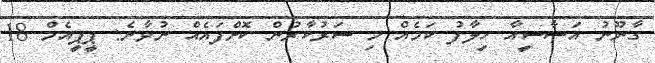
ގާނޫނު އަސާސީއާ ހިލާފު ކަމެއް މި ސަރުކާރުން ކޮށްފައެއް ނުވާނެ: ޕީޕީއެމް 18